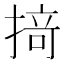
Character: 𢰤